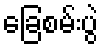
ခြေစမ်းပွဲ